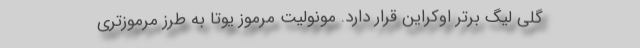
گلی لیگ برتر اوکراین قرار دارد. مونولیتِ مرموز یوتا به طرز مرموزتری